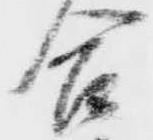
合